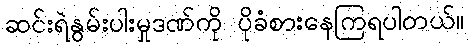
ဆင်းရဲနွမ်းပါးမှုဒဏ်ကို ပိုခံစားနေကြရပါတယ်။